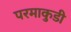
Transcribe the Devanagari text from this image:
परमाकुडी